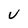
Character: U